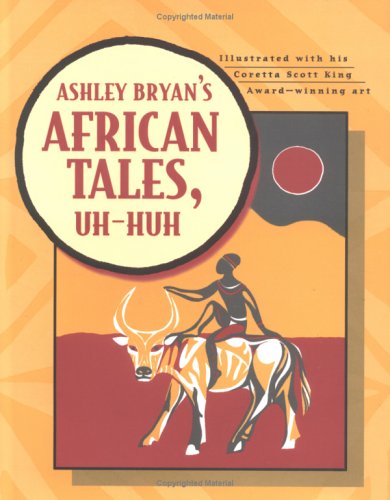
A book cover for Ashley Bryan's African Tales, Uh-Huh; Ashley Bryan; Children's Books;